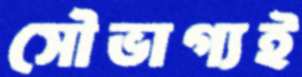
সৌভাগ্যই